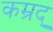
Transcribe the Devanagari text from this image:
कम्रुद्